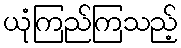
ယုံကြည်ကြသည့်